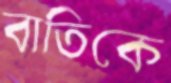
বাতিকে